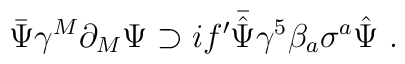
\bar{\Psi}\gamma^M\partial_M\Psi\supset if'\bar{\hat{\Psi}}\gamma^5\beta_a\sigma^a\hat{\Psi} \ .